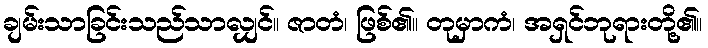
ချမ်းသာခြင်းသည်သာလျှင်။ ဇာတံ၊ ဖြစ်၏။ တုမှာကံ၊ အရှင်ဘုရားတို့၏။